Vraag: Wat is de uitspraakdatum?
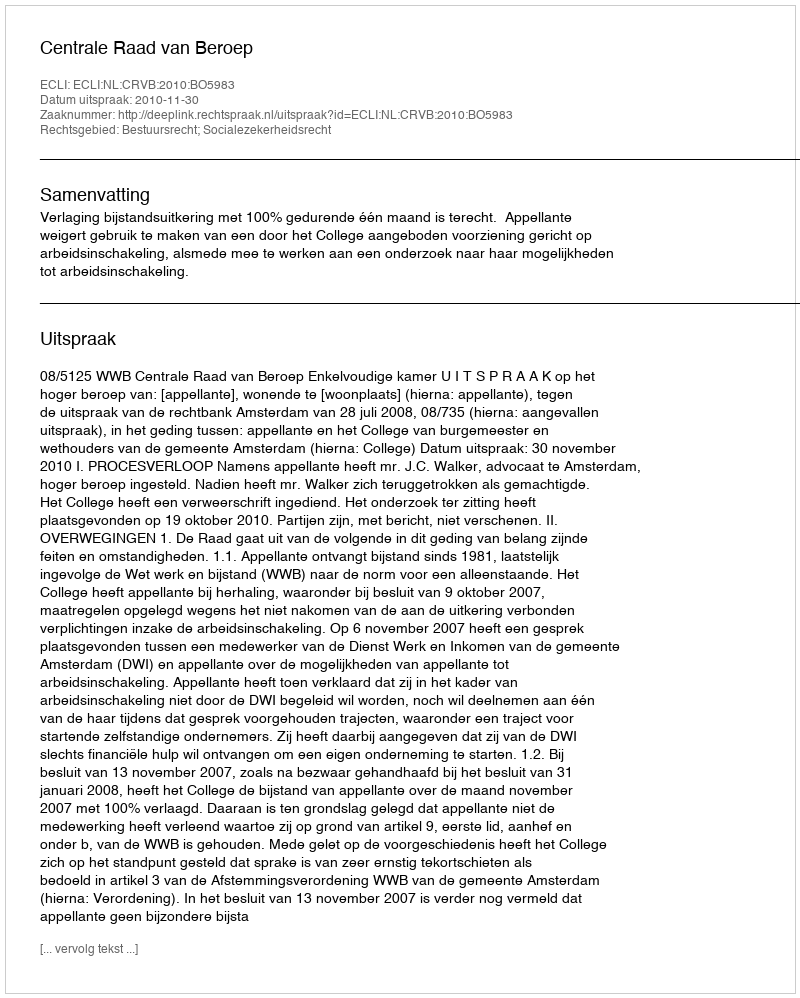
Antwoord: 2010-11-30